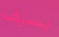
بسيف